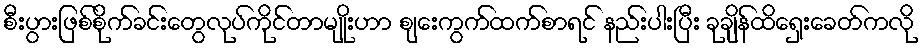
စီးပွားဖြစ်စိုက်ခင်းတွေလုပ်ကိုင်တာမျိုးဟာ စျေးကွက်ထက်စာရင် နည်းပါးပြီး ခုချိန်ထိရှေးခေတ်ကလို